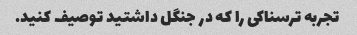
تجربه ترسناکی را که در جنگل داشتید توصیف کنید.